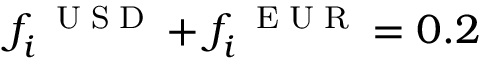
f _ { i } ^ { \mathrm { ~ \tiny ~ U ~ S ~ D ~ } } + f _ { i } ^ { \mathrm { ~ \tiny ~ E ~ U ~ R ~ } } = 0 . 2